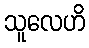
သူလေဟိ